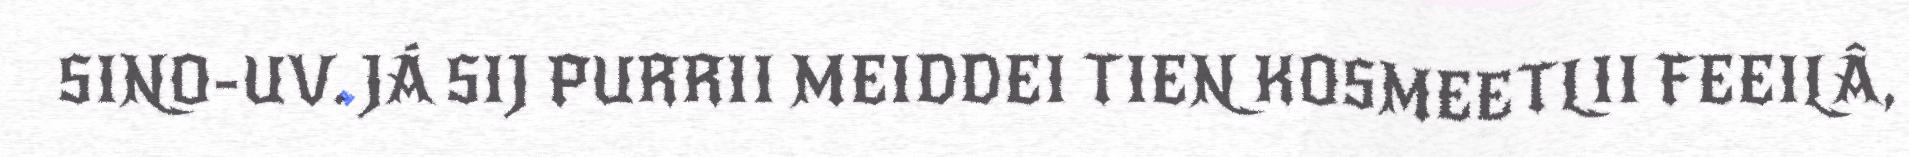
SINO-UV. JÁ SIJ PURRII MEIDDEI TIEN KOSMEETLII FEEILÂ,